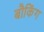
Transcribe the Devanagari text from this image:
बौकिंग